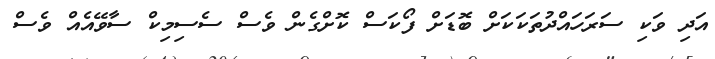
އަދި ވަކި ސަރަހައްދުތަކަކަށް ބޮޑަށް ފޯކަސް ކޮށްގެން ވެސް ސެސިމިކް ސާވޭއެއް ވެސް